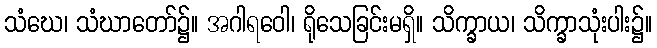
သံဃေ၊ သံဃာတော်၌။ အဂါရဝေါ၊ ရိုသေခြင်းမရှိ။ သိက္ခာယ၊ သိက္ခာသုံးပါး၌။